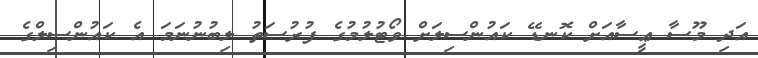
އަދި މޫސާ ޢީސާއަށް ކޮނޑޭ ކައުންސިލަށް ވޯޓުލުމުގެ ފުރުސަތު ލިބުނުނަމަ އެ ކައުންސިލްގެ